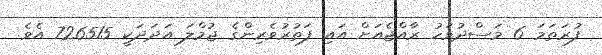
ފުރަތަމަ 6 މަސްދުވަހު ރާއްޖެއަށް އައި ފަތުރުވެރިންގެ ޖުމްލަ އަދަދަކީ 726515 އެވެ.